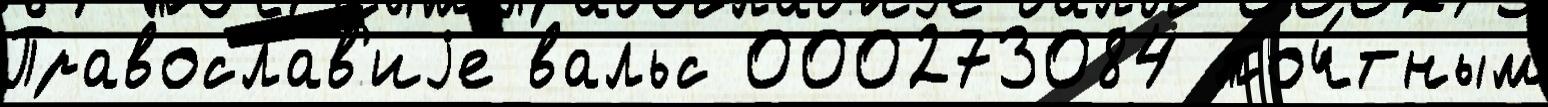
Православ'иjе вальс 000273084 поч́тным